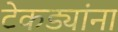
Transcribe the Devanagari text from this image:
टेकड्यांना